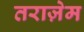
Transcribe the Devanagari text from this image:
तराज़ेम